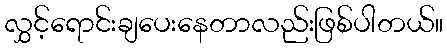
လွှင့်ရောင်းချပေးနေတာလည်းဖြစ်ပါတယ်။